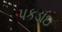
પકડાઇ